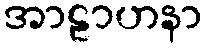
အာဠာဟနာ